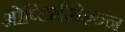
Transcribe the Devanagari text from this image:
ओप्टिमैसेश्न्न